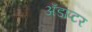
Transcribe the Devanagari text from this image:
ॲडाप्टर